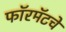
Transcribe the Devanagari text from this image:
फॉरमॅटचे